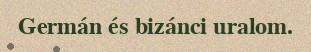
Germán és bizánci uralom.